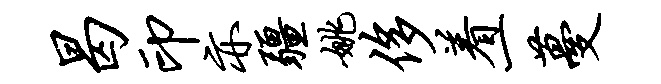
曷印亦疆姚侈着一蔓